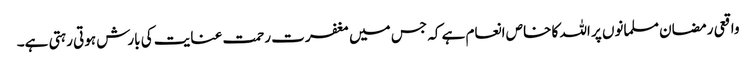
واقعی رمضان مسلمانوں پر اللہ کا خاص انعام ہے کہ جس میں مغفرت رحمت عنایت کی بارش ہوتی رہتی ہے۔